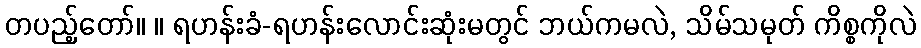
တပည့်တော်။ ။ ရဟန်းခံ-ရဟန်းလောင်းဆုံးမတွင် ဘယ်ကမလဲ, သိမ်သမုတ် ကိစ္စကိုလဲ